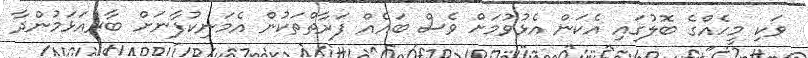
ވަކި މީހެއްގެ ބޮލުގައި އެކަން އެޅުވުމަށް ވެސް ބައެއް ފަރާތްތަކުން އެމަނިކުފާނަށް ބާރުއަޅަމުންދާ